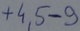
Text: +4,5-9